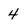
Character: 4